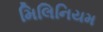
મિલિનિયમ